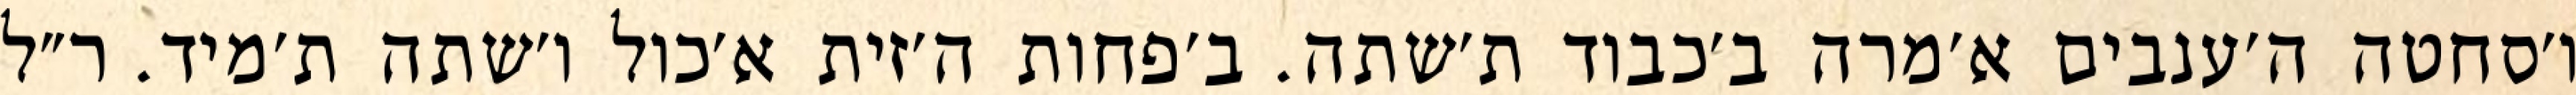
ו׳סחטה ה׳ענבים א׳מרה ב׳כבוד ת׳שתה. ב׳פחות ה׳זית א׳כול ו׳שתה ת׳מיד. ר״ל